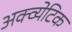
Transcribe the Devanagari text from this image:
अक्व्येटिक